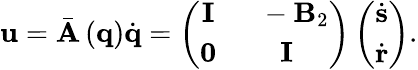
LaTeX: \mathbf{u}=\bar{\mathbf{A}}\left(\mathbf{q}\right)\dot{\mathbf{q}}=\left(\begin{array}{cc}{\mathbf{I}}&{\ \ -\mathbf{B}_{2}}\\ {\mathbf{0}}&{\mathbf{I}}\end{array}\right)\left(\begin{array}{c}{\dot{\mathbf{s}}}\\ {\dot{\mathbf{r}}}\end{array}\right).